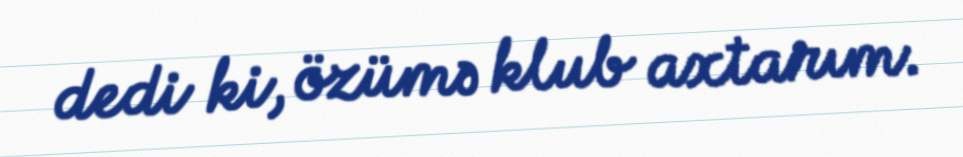
dedi ki, özümə klub axtarım.